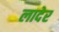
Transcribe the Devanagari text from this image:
लादेर